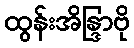
ထွန်းအိန္ဒြာဗို